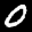
Label: 0